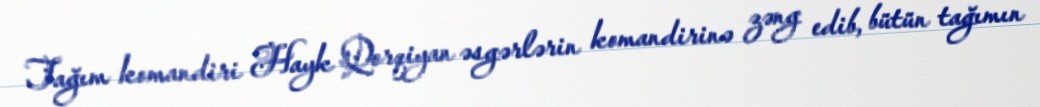
Tağım komandiri Hayk Qorqiyan əsgərlərin komandirinə zəng edib, bütün tağımın